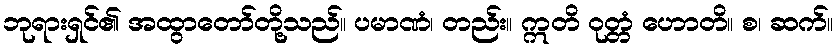
ဘုရားရှင်၏ အထွာတော်တို့သည်။ ပမာဏံ၊ တည်း။ ဣတိ ဝုတ္တံ ဟောတိ။ စ၊ ဆက်။